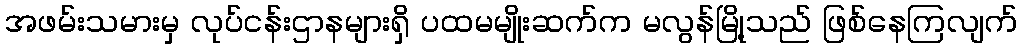
အဖမ်းသမားမှ လုပ်ငန်းဌာနများရှိ ပထမမျိုးဆက်က မလွန်မြို့သည် ဖြစ်နေကြလျက်